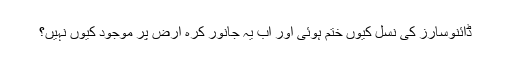
ڈائنوسارز کی نسل کیوں ختم ہوئی اور اب یہ جانور کرہ ارض پر موجود کیوں نہیں؟